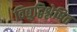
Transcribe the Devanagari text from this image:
विद्युद्विश्लेषित